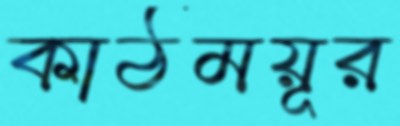
কাঠময়ূর